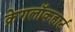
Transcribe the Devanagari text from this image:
क्रेगलॉकहार्ट